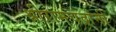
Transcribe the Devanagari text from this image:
श्रीरामचंद्रांनी